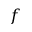
f